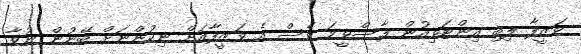
ވަޒީފާ ލިބި އިންޓަވިއުން ފާސްވީމަ ވެސް އެ ވަޒީފާއަށް ނިކުންނަށް ބޭނުން ނުވާ